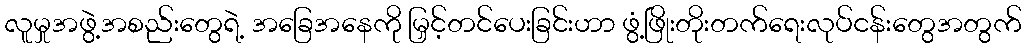
လူမှုအဖွဲ့အစည်းတွေရဲ့ အခြေအနေကို မြှင့်တင်ပေးခြင်းဟာ ဖွံ့ဖြိုးတိုးတက်ရေးလုပ်ငန်းတွေအတွက်